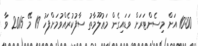
10:00 އަށް މިސެންޓަރަށް ވަޑައިގެން މަޢުލޫމާތު ސާފުކުރެއްވުމަށްފަހު 19 މޭ 2015 ވާ